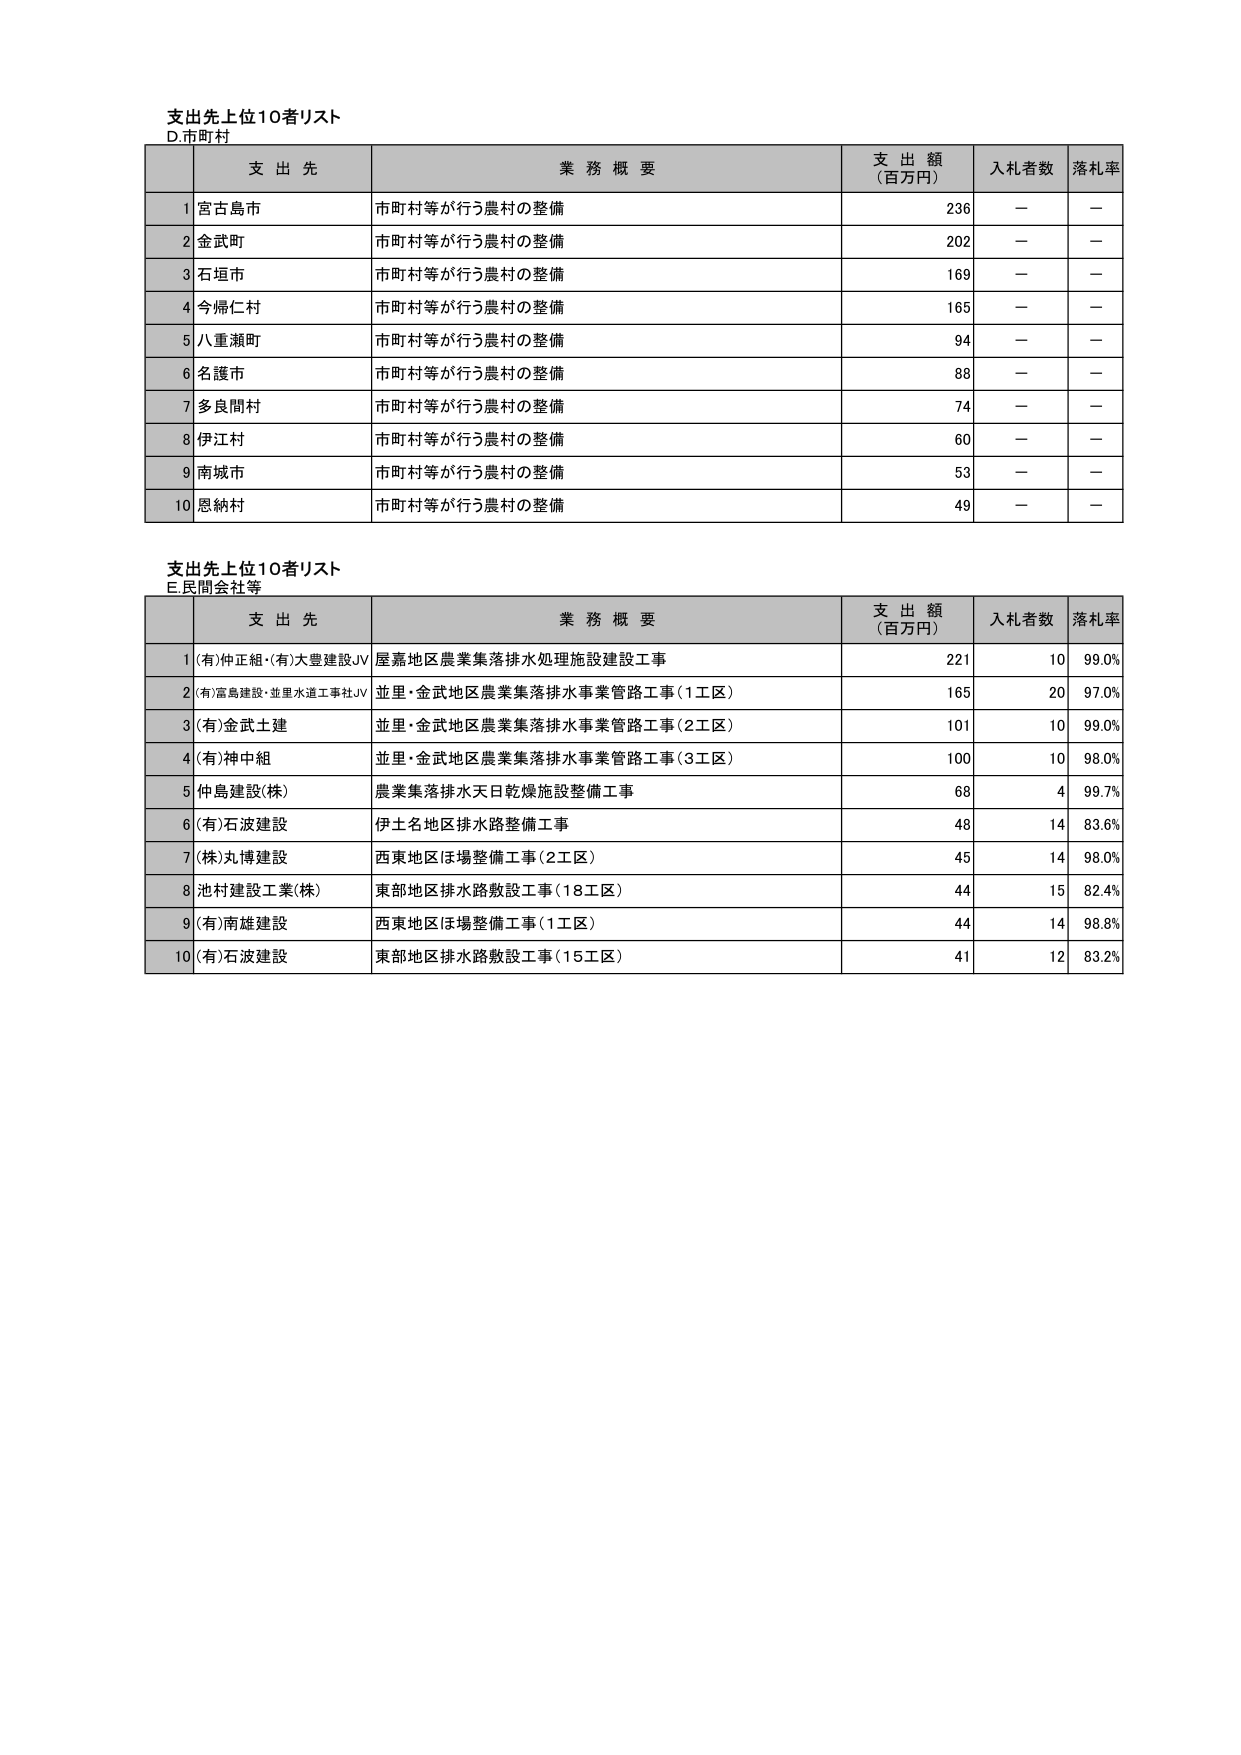
支出先上位10者リスト
D.市町村

| | 支出先 | 業務概要 | 支出額（百万円） | 入札者数 | 落札率 |
|---|---|---|---|---|---|
| 1 | 宮古島市 | 市町村等が行う農村の整備 | 236 | — | — |
| 2 | 金武町 | 市町村等が行う農村の整備 | 202 | — | — |
| 3 | 石垣市 | 市町村等が行う農村の整備 | 169 | — | — |
| 4 | 今帰仁村 | 市町村等が行う農村の整備 | 165 | — | — |
| 5 | 八重瀬町 | 市町村等が行う農村の整備 | 94 | — | — |
| 6 | 名護市 | 市町村等が行う農村の整備 | 88 | — | — |
| 7 | 多良間村 | 市町村等が行う農村の整備 | 74 | — | — |
| 8 | 伊江村 | 市町村等が行う農村の整備 | 60 | — | — |
| 9 | 南城市 | 市町村等が行う農村の整備 | 53 | — | — |
| 10 | 恩納村 | 市町村等が行う農村の整備 | 49 | — | — |

支出先上位10者リスト
E.民間会社等

| | 支出先 | 業務概要 | 支出額（百万円） | 入札者数 | 落札率 |
|---|---|---|---|---|---|
| 1 | (有)仲正組・(有)大豊建設JV | 屋嘉地区農業集落排水処理施設建設工事 | 221 | 10 | 99.0% |
| 2 | (有)富島建設・並里水道工事社JV | 並里・金武地区農業集落排水事業管路工事（1工区） | 165 | 20 | 97.0% |
| 3 | (有)金武土建 | 並里・金武地区農業集落排水事業管路工事（2工区） | 101 | 10 | 99.0% |
| 4 | (有)神中組 | 並里・金武地区農業集落排水事業管路工事（3工区） | 100 | 10 | 98.0% |
| 5 | 仲島建設(株) | 農業集落排水天日乾燥施設整備工事 | 68 | 4 | 99.7% |
| 6 | (有)石波建設 | 伊士名地区排水路整備工事 | 48 | 14 | 83.6% |
| 7 | (株)丸博建設 | 西東地区ほ場整備工事（2工区） | 45 | 14 | 98.0% |
| 8 | 池村建設工業(株) | 東部地区排水路敷設工事（18工区） | 44 | 15 | 82.4% |
| 9 | (有)南雄建設 | 西東地区ほ場整備工事（1工区） | 44 | 14 | 98.8% |
| 10 | (有)石波建設 | 東部地区排水路敷設工事（15工区） | 41 | 12 | 83.2% |